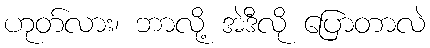
ဟုတ်လား၊ ဘာလို့ အဲဒီလို ပြောတာလဲ